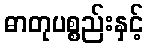
ဓာတုပစ္စည်းနှင့်